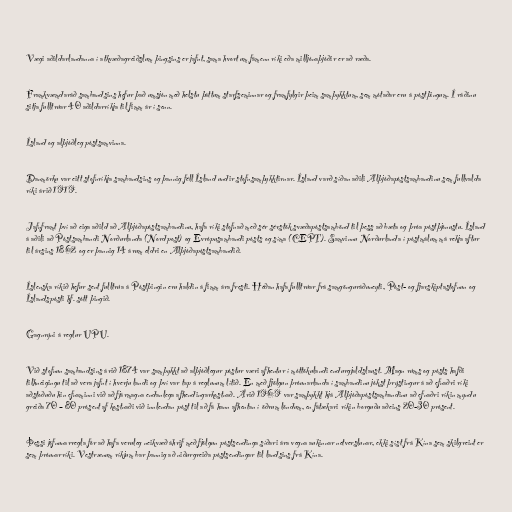
Vægi aðildarlandanna í atkvæðagreiðslum þingsins er jafnt, sama hvort um fámenn ríki eða milljónaþjóðir er að ræða.

Framkvæmdaráð sambandsins hefur það umsjón með helstu þáttum starfseminnar og framfylgir þeim samþykktum, sem mótaðar eru á póstþingum. Í ráðinu
sitja fulltrúar 40 aðildarríkja til fimm ár í senn.

Ísland og alþjóðleg póstsamvinna.

Danmörku var eitt stofnríkja sambandsins og þannig féll Ísland undir stofnsamþykktirnar. Ísland varð síðan aðili Alþjóðapóstsambandinu sem fullvalda
ríki árið 1919.

Jafnframt því að eiga aðild að Alþjóðapóstsambandinu, hafa ríki stofnað með sér sérstök svæðapóstsambönd til þess að bæta og þróa póstþjónustu. Ísland
á aðili að Póstsambandi Norðurlanda (Nordpost) og Evrópusambandi pósts og síma (CEPT). Samvinnu Norðurlanda í póstmálum má rekja aftur
til ársins 1862 og er þannig 14 árum eldri en Alþjóðapóstsambandið.

Íslenska ríkið hefur sent fulltrúa á Póstþingin eru haldin á fimm ára fresti. Héðan hafa fulltrúar frá samgönguráðuneyti, Póst- og fjarskiptastofnun og
Íslandspósti hf. sótt þingið.

Gagnrýni á reglur UPU.

Við stofnun sambandsins árið 1874 var samþykkt að alþjóðlegur póstur væri afhentur í móttökulandi endurgjaldslaust. Magn rúms og pósts hafði
tilhneigingu til að vera jafnt í hverju landi og því var tap á reglunum lítið. En með fjölgun þróunarlanda í sambandinu jókst þrýstingur á að efnaðri ríki
aðstoðuðu hin efnaminni við að fjármagna endanlega afhendingarkostnað. Árið 1969 var samþykkt hjá Alþjóðapóstsambandinu að efnaðri ríkin myndu
greiða 70 – 80 prósent af kostnaði við innlendan póst til að fá hann afhentan í öðrum löndum, en fátækari ríkin borguðu aðeins 20-30 prósent.

Þessi jöfnunarregla fór að hafa veruleg neikvæð áhrif með fjölgun póstsendinga síðari ára vegna aukinnar netverslunar, ekki síst frá Kína sem skilgreint er
sem þróunarríki. Vestrænum ríkjum bar þannig að niðurgreiða póstsendingar til landsins frá Kína.